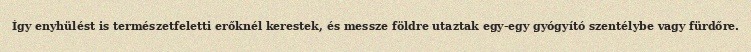
Így enyhülést is természetfeletti erőknél kerestek, és messze földre utaztak egy-egy gyógyító szentélybe vagy fürdőre.